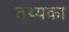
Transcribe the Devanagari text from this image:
तथ्यका